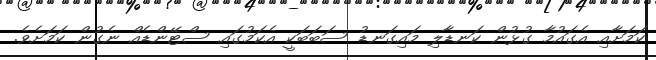
ކަމަށާއި އެގައުމާ ގުޅުން ކަނޑާލި މައިގަނޑު ސަބަބަކީ އެކަމުގައި ސްޓޭންޑެއް ނެގުން ކަމަށެވެ.